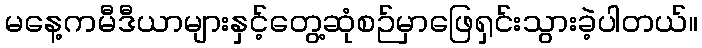
မနေ့ကမီဒီယာများနှင့်တွေ့ဆုံစဉ်မှာဖြေရှင်းသွားခဲ့ပါတယ်။